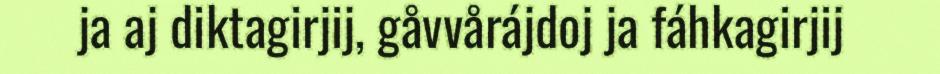
ja aj diktagirjij, gåvvårájdoj ja fáhkagirjij